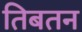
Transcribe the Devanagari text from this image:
तिबतन